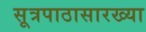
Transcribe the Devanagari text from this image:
सूत्रपाठासारख्या